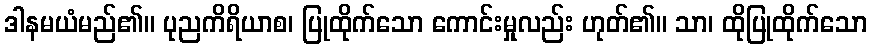
ဒါနမယံမည်၏။ ပုညကိရိယာစ၊ ပြုထိုက်သော ကောင်းမှုလည်း ဟုတ်၏။ သာ၊ ထိုပြုထိုက်သော